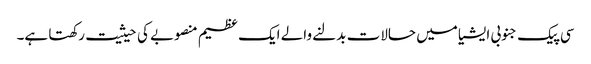
سی پیک جنوبی ایشیا میں حالات بدلنے والے ایک عظیم منصوبے کی حیثیت رکھتا ہے۔